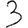
Digit: 3